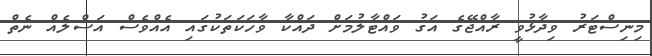
މިނިސްޓަރު ވިދާޅުވީ ރާއްޖޭގެ އަގު ވައްޓާލުމަށް ދައްކާ ވާހަކަތަކުގައި އެއްވެސް އަސްލެއް ނެތް